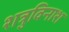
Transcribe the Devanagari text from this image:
शत्रुविनाश